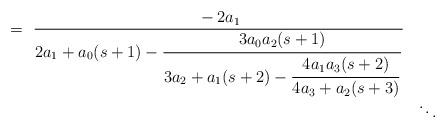
LaTeX: \begin{align*}\begin{array}{rl}= \ {\strut \displaystyle -2 a_{1} \over\displaystyle 2 a_{1}+a_{0}(s+1)-{\strut \displaystyle 3 a_{0}a_{2}(s+1) \over\displaystyle 3 a_{2}+a_{1}(s+2)-{\strut \displaystyle 4 a_{1}a_{3}(s+2) \over\displaystyle 4 a_{3}+a_{2}(s+3)}}}& \\& \ddots\end{array} \end{align*}